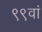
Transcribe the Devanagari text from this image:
९९वां